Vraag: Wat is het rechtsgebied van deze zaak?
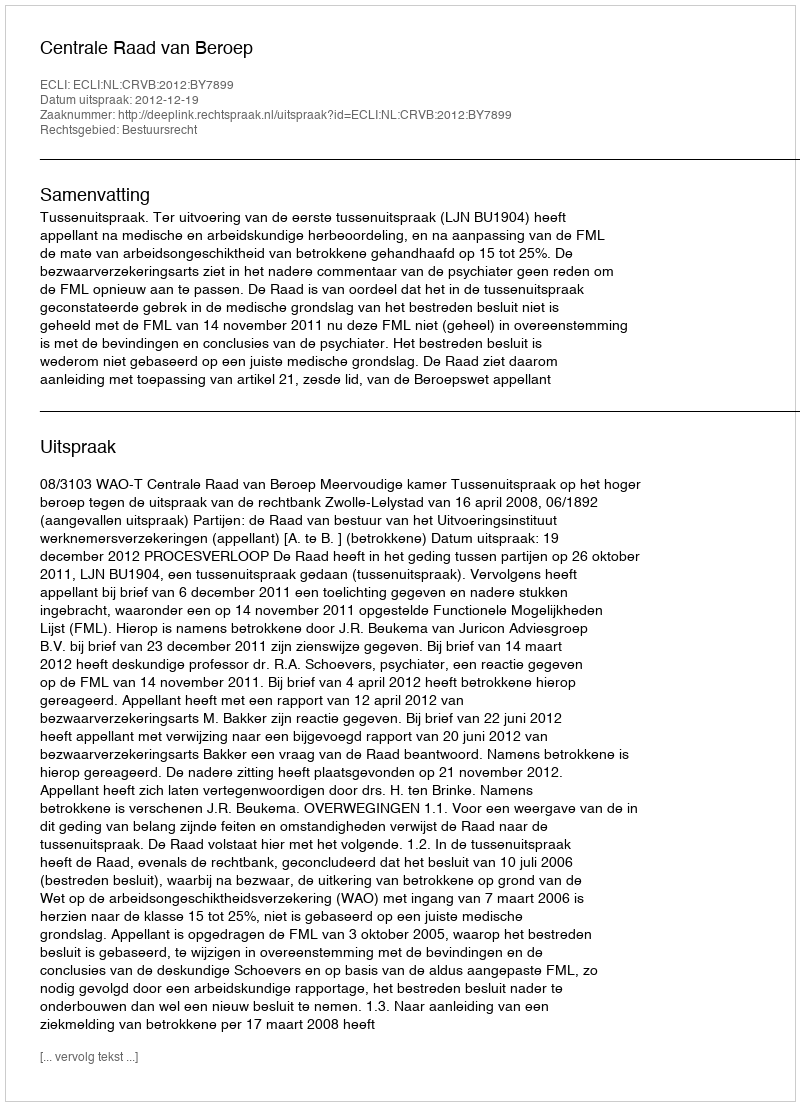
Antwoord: Bestuursrecht